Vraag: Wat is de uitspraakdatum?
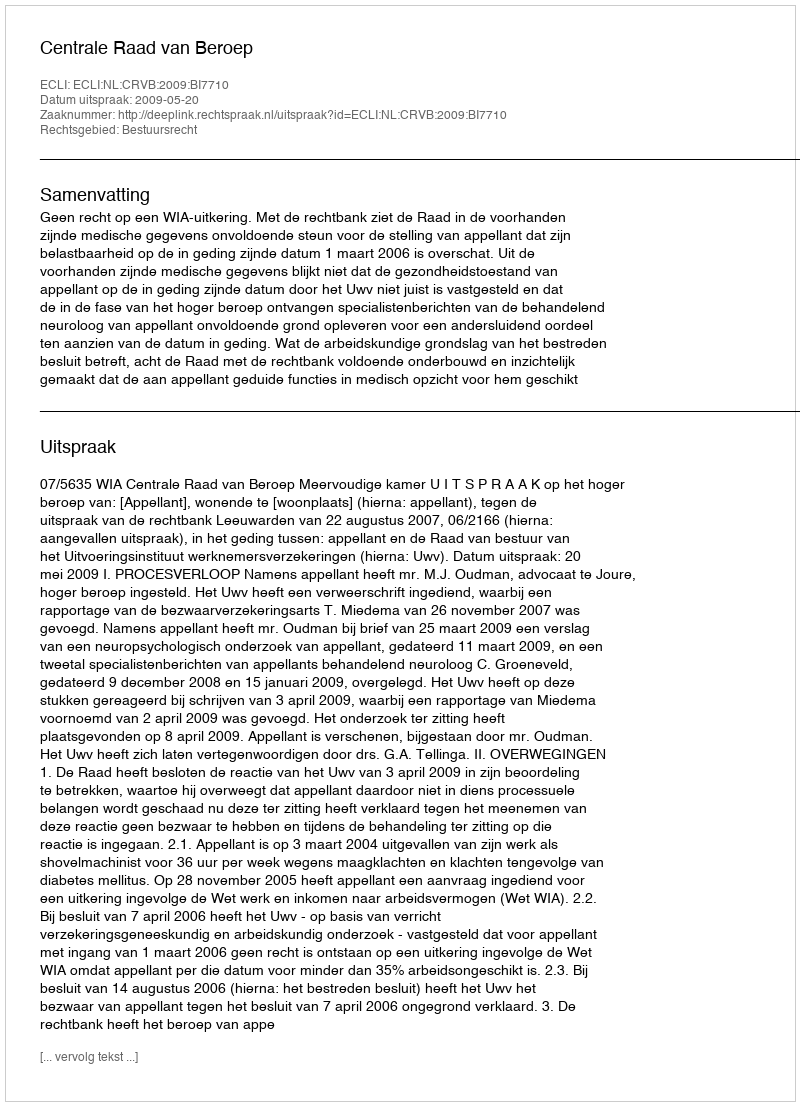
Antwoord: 2009-05-20